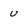
Character: U